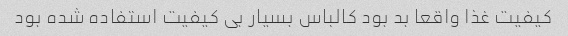
کیفیت غذا واقعا بد بود کالباس بسیار بی کیفیت استفاده شده بود